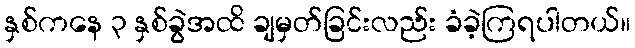
နှစ်ကနေ ၃ နှစ်ခွဲအထိ ချမှတ်ခြင်းလည်း ခံခဲ့ကြရပါတယ်။